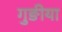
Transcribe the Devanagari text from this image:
गुङीया